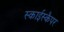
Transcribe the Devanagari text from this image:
स्काईस्कैपर